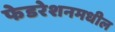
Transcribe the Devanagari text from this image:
फेडरेशनमधील